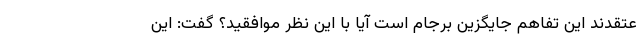
عتقدند این تفاهم جایگزین برجام است آیا با این نظر موافقید؟ گفت: این